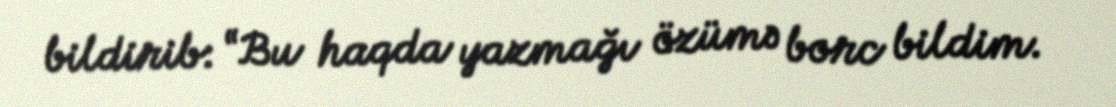
bildirib: “Bu haqda yazmağı özümə borc bildim.